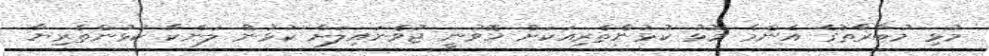
މުޅި މުބާރާތުގެ އެންމެ މޮޅު ކުޅުންތެރިއަކަށް ހޮވުނީ ޖުވެނައިލަށް ކުޅުނު ލަންކާ ކުޅުންތެރިޔާ